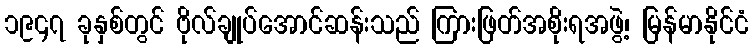
၁၉၄၇ ခုနှစ်တွင် ဗိုလ်ချုပ်အောင်ဆန်းသည် ကြားဖြတ်အစိုးရအဖွဲ့၊ မြန်မာနိုင်ငံ